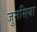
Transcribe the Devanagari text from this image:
जुनसिया